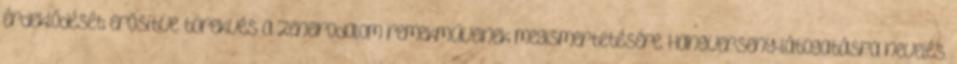
érdeklődését erősítve törekvés a zeneirodalom remekműveinek megismertetésére. Hangverseny-látogatásra nevelés.